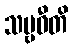
သဗ္ဗဓီတိ